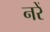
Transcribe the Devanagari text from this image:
नरें